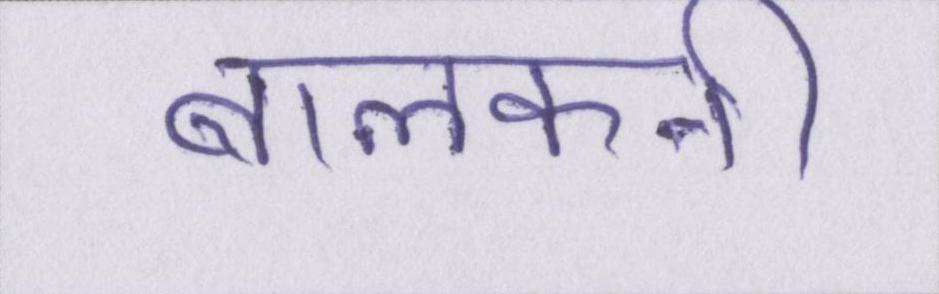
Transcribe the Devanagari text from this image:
बालकनी